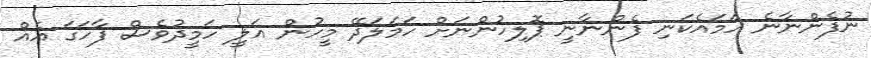
ނުފެންނާނެ ހަމައެކަނި ފެންނާނީ ޕޮލިހުންނަށް ހަމަލަދޭ މީހުން އަލީ ހަމީދުވެސް ފާހަގަ އެއް